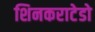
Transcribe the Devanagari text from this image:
शिनकराटेडो